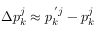
\Delta p _ { k } ^ { j } \approx p _ { k } ^ { \, ^ { \prime } j } - p _ { k } ^ { j }